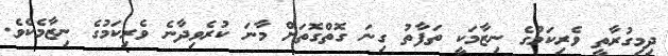
ދިމިގުރާތީ ވެރިކަމުގެ ނިޒާމަކީ ތަފާތު ގިނަ ގޮތްގޮތަށް މާނަ ކުރެވިދާނެ ވެރިކަމުގެ ނިޒާމެކެވެ.